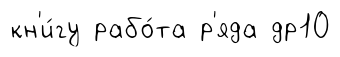
кн'и́гу рабо́та р'яда др10